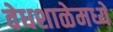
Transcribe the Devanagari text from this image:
वेधशाळेमध्ये